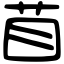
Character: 苜